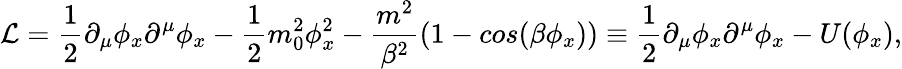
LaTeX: {\cal L}={\frac{1}{2}}\partial_{\mu}\phi_{x}\partial^{\mu}\phi_{x}-{\frac{1}{2}}m_{0}^{2}\phi_{x}^{2}-{\frac{m^{2}}{\beta^{2}}}(1-cos(\beta\phi_{x}))\equiv{\frac{1}{2}}\partial_{\mu}\phi_{x}\partial^{\mu}\phi_{x}-U(\phi_{x}),